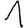
Digit: 1